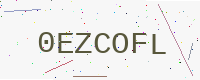
Text: 0EZCOFL